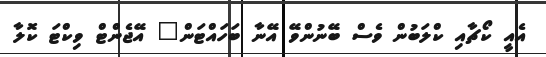
އެއީ ކޯޗާއި ކްލަބުން ވެސް ބޭނުންވޭ އޭނާ ބަހައްޓަން" އޭޖެންޓް ވިކްޓަ ކޮލާ